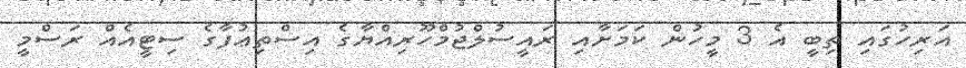
އަރިހުގައި ތިބީ އެ 3 މީހުން ކަމަށާއި ރައީސުލްޖުމްހޫރިއްޔާގެ އިސްތިޢުފާގެ ސިޓީއެއް ރަސްމީ